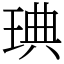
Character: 琠